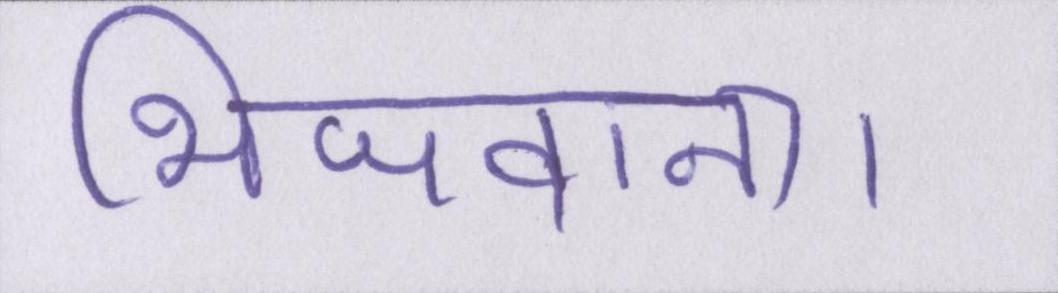
भिजवाना।